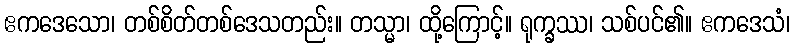
ဧကဒေသော၊ တစ်စိတ်တစ်ဒေသတည်း။ တသ္မာ၊ ထို့ကြောင့်။ ရုက္ခဿ၊ သစ်ပင်၏။ ဧကဒေသံ၊